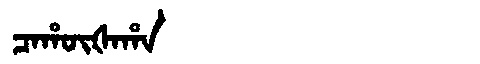
Manchu: ᠴᠠᡥᡡᡧᠠᡥᠠ
Romanization: CAHŪŠAHA